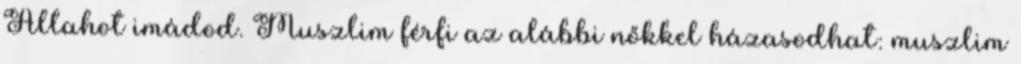
Allahot imádod. Muszlim férfi az alábbi nőkkel házasodhat: muszlim